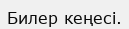
Билер кеңесі.